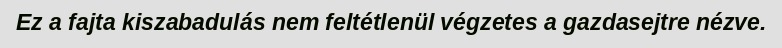
Ez a fajta kiszabadulás nem feltétlenül végzetes a gazdasejtre nézve.